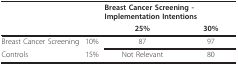
|  |  | <COLSPAN=2> Breast Cancer Screening - Implementation Intentions |
 |  |  | 25% | 30% |
 | --- | --- | --- | --- |
 | Breast Cancer Screening | 10% | 87 | 97 |
 | Controls | 15% | Not Relevant | 80 |